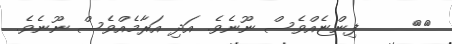
٤٤     ފިންޏެއްވެސް ނޫނެވެ. އަދި އަރާމެއްވެސް ނޫނެވެ.